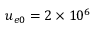
u _ { e 0 } = 2 \times 1 0 ^ { 6 }